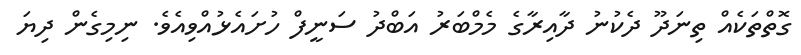
ގޮތްތަކެއް ތިނަދޫ ދެކުނު ދާއިރާގެ މެމްބަރު އަބްދު ސަނީފް ހުށައެޅުއްވިއެވެ. ނިމިގެން ދިޔަ